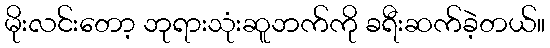
မိုးလင်းတော့ ဘုရားသုံးဆူဘက်ကို ခရီးဆက်ခဲ့တယ်။